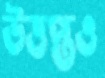
উত্তপ্তও